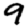
Digit: 9